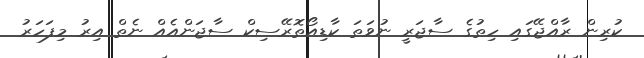
ކުރިން ރާއްޖޭގައި ހިތުގެ ސާޖަރީ ނުވަތަ ކާޑިއޯތޮރޭސިކް ސާޖަންއެއް ނެތް އިރު މިފަހަރު